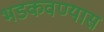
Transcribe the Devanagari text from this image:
भडकवण्यास